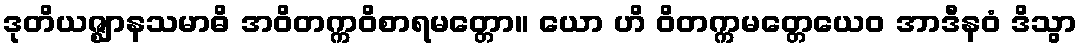
ဒုတိယဇ္ဈာနသမာဓိ အဝိတက္ကဝိစာရမတ္တော။ ယော ဟိ ဝိတက္ကမတ္တေယေဝ အာဒီနဝံ ဒိသွာ